NAE_ERA_R-2324_Eesti_Vabariigi_Pohiseaduslik_Assamblee, lk 2
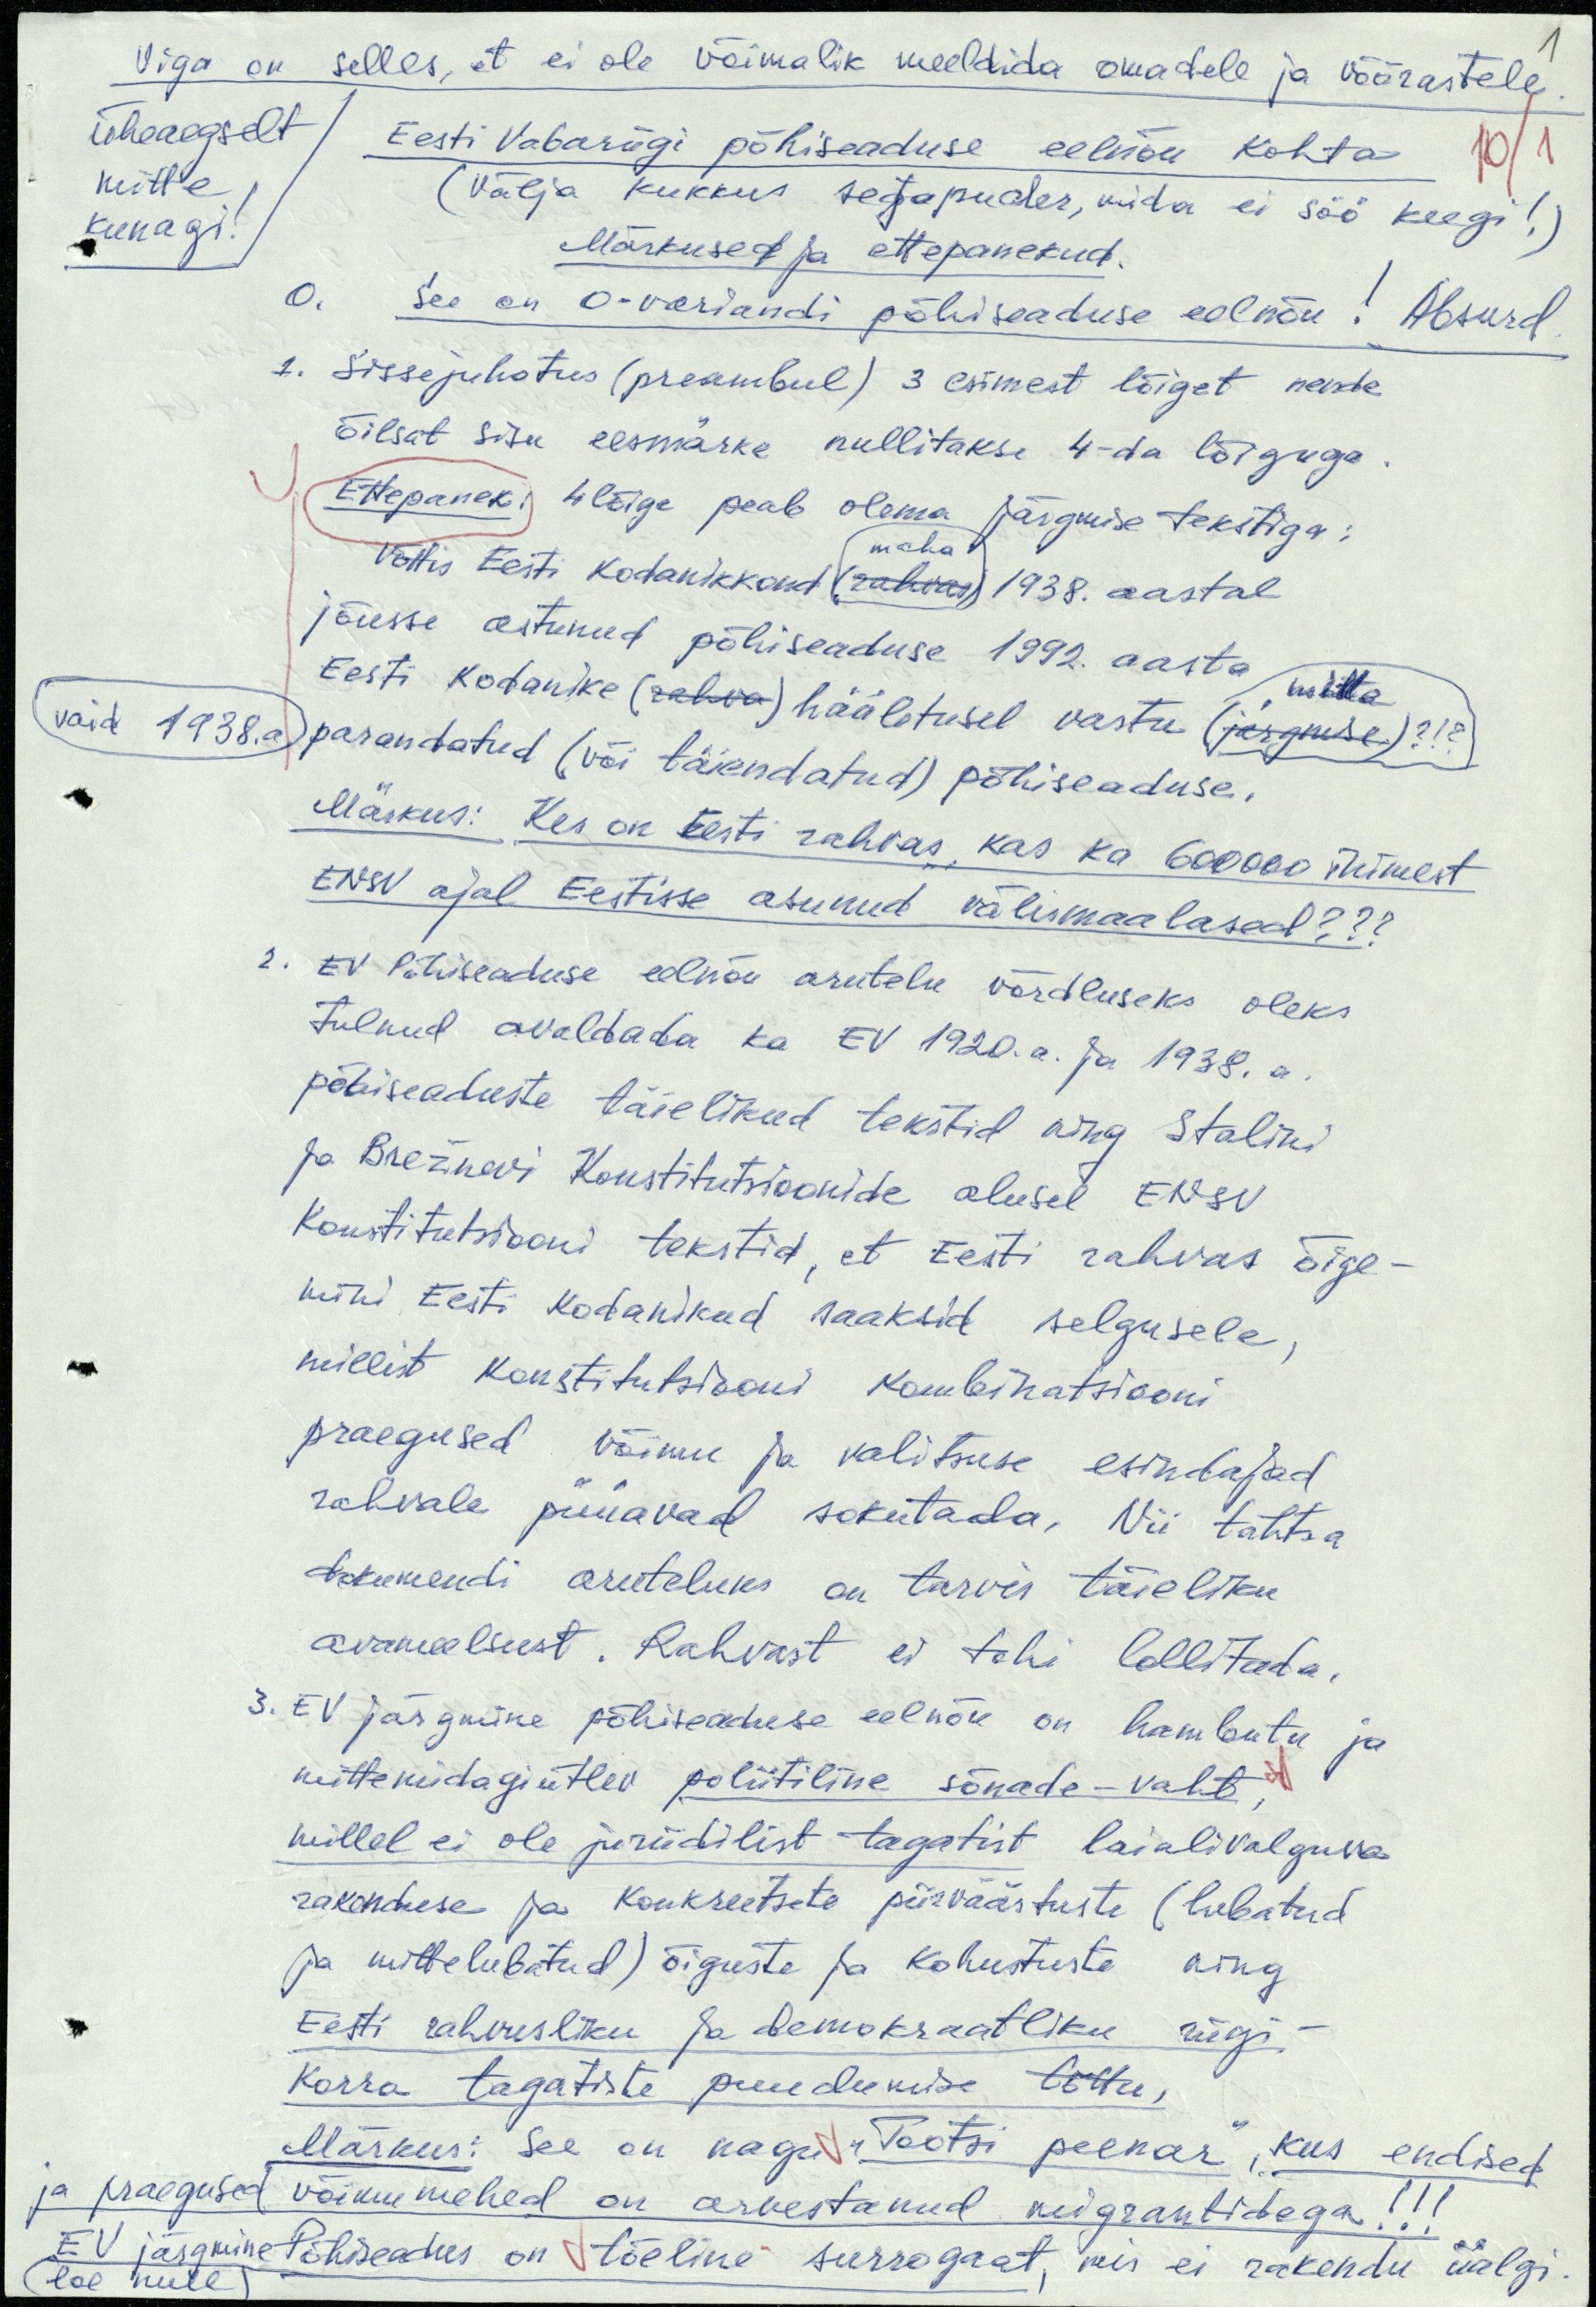
1
Viga on selles, et ei ole võimalik meeldida omadele ja võõrastele.
üheaegselt
mitte
kunagi!
Eesti Vabariigi põhiseaduse eelnõu kohta
10/1
(Välja kukkus segapuder, mida ei söö keegi!)
Märkused ja ettepanekud.
0. See on 0-variandi põhiseaduse eelnõu! Absurd.
1. Sissejuhatus (preambul) 3 esimest lõiget nende
õilsat sisu eesmärke nullitakse 4-da lõiguga.
Ettepanek: 4 lõige peab olema järgmise tekstiga:
maha
Võttis Eesti kodanikkond (rahvas) 1938. aastal
jõusse astunud põhiseaduse 1992. aasta mitte
Eesti kodanike (rahva) hääletusel vastu (järgmise)?!?)
vaid 1938.a. parandatud (või täiendatud) põhiseaduse.
Märkus: Kes on Eesti rahvas, kas ka 600 000 inimest
ENSV ajal Eestisse asunud välismaalased???
2. EV Põhiseaduse eelnõu arutelu võrdluseks oleks
tulnud avaldada ka EV 1920.a. ja 1938.a.
põhiseaduste täielikud tekstid ning Stalini
ja Brežnevi Konstitutsioonide alusel ENSV
Konstitutsiooni tekstid, et Eesti rahvas õige-
mini Eesti kodanikud saaksid selgusele,
millist konstitutsiooni kombinatsiooni
praegused võimu ja valitsuse esindajad
rahvale püüavad sokutada. Nii tähtsa
dokumendi aruteluks on tarvis täieliku
avameelsust. Rahvast ei tohi lollitada.
3. EV järgmine põhiseaduse eelnõu on hambutu ja
mittemidagiütlev poliitiline sõnade-vaht,
millel ei ole juriidilist tagatist laialivalguva
rakenduse ja konkreetsete piirväärtuste (lubatud
ja mittelubatud) õiguste ja kohustuste ning
Eesti rahvusliku ja demokraatliku riigi-
korra tagatiste puudumise tõttu,
Märkus: see on nagu "Tootsi peenar",  kus endised
ja praegused võimumehed on arvestanud migrantidega!!!
EV järgmine Põhiseadus on tõeline surrogaat, mis ei rakendu iialgi.
(loe null)